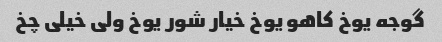
گوجه یوخ کاهو یوخ خیار شور یوخ ولی خیلی چخ